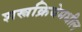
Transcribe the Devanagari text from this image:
शस्त्रक्रियेमधील